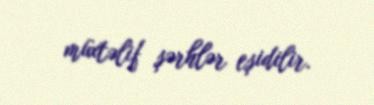
müxtəlif şərhlər eşidilir.